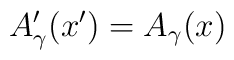
A'_{\gamma} (x') = A_{\gamma}(x)